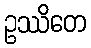
ဥဿိတေ